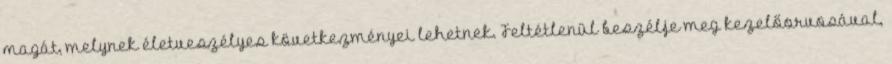
magát, melynek életveszélyes következményei lehetnek. Feltétlenül beszélje meg kezelőorvosával,